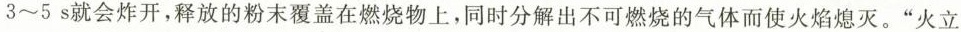
3~5s就会炸开，释放的粉末覆盖在燃烧物上，同时分解出不可燃烧的气体而使火焰熄灭。”火立